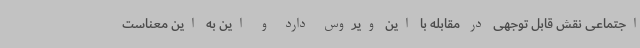
اجتماعی نقش قابل توجهی در مقابله با این ویروس دارد و این به این معناست